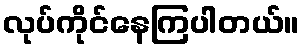
လုပ်ကိုင်နေကြပါတယ်။